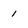
Character: 1